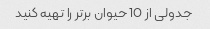
جدولی از 10 حیوان برتر را تهیه کنید